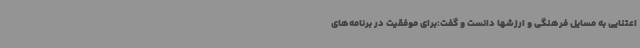
اعتنایی به مسایل فرهنگی و ارزشها دانست و گفت:برای موفقیت در برنامه‌های